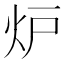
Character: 炉